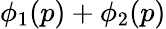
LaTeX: \phi_{1}(p)+\phi_{2}(p)